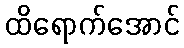
ထိရောက်အောင်